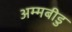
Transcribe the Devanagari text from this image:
अम्मबीडु